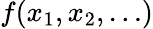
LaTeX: f(x_{1},x_{2},\ldots)